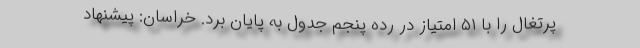
پرتغال را با ۵۱ امتیاز در رده پنجم جدول به پایان برد. خراسان: پیشنهاد